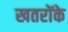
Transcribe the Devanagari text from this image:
खतरोंके